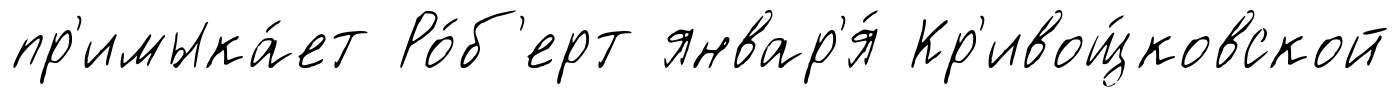
пр'имыка́ет Ро́б'ерт январ'я́ Кр'ивощ́ковской